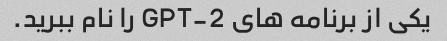
یکی از برنامه های GPT-2 را نام ببرید.